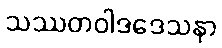
သဿတဝါဒဒေသနာ